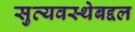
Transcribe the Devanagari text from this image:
सुव्यवस्थेबद्दल